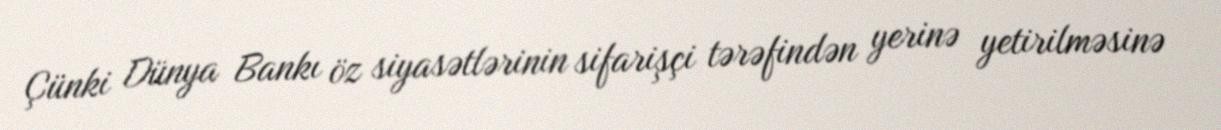
Çünki Dünya Bankı öz siyasətlərinin sifarişçi tərəfindən yerinə yetirilməsinə